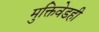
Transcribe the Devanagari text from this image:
मुक्तिवेडही